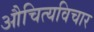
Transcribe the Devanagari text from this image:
औचित्यविचार